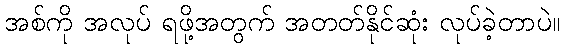
အစ်ကို အလုပ် ရဖို့အတွက် အတတ်နိုင်ဆုံး လုပ်ခဲ့တာပဲ။